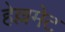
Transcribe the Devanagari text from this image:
हेल्लमेट